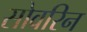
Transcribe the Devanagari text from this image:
सोवरिन